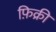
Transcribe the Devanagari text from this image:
फ़िक्री